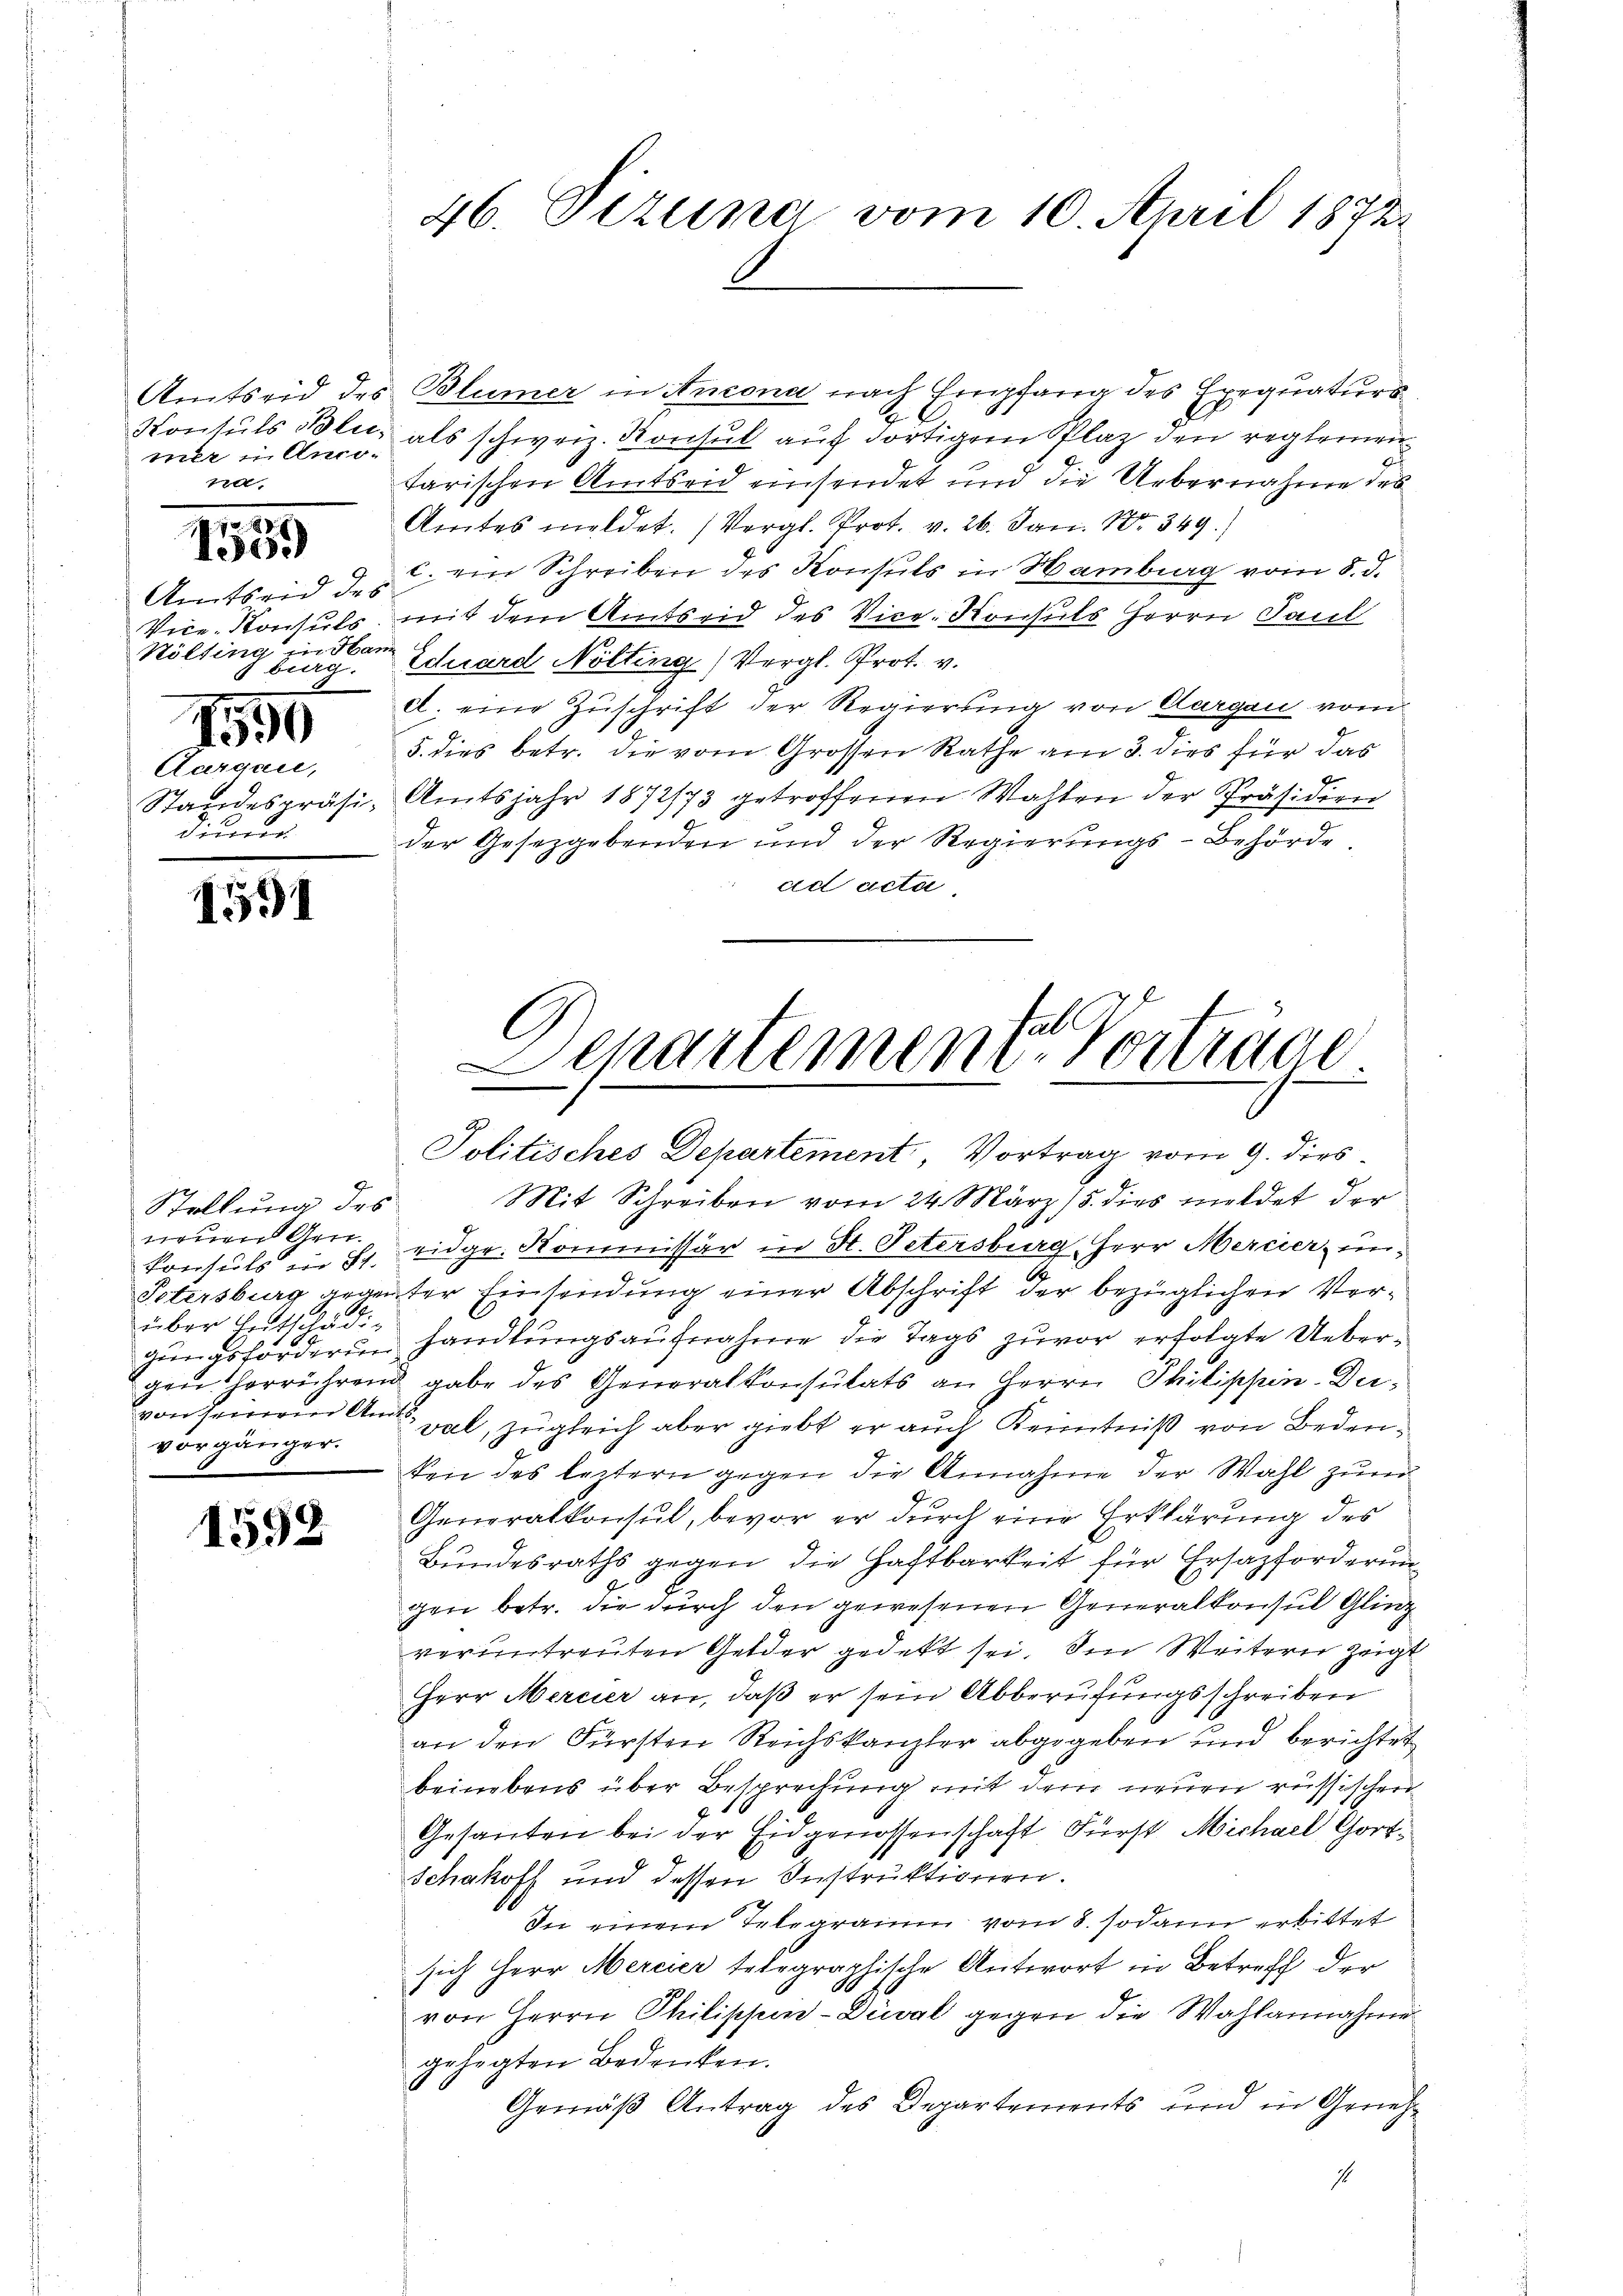
mer u Anco¬
10,
1

.
1
eeid

Amtseid des
Hölting in Han
 burg,
1595
Aargau,
dieren

1591

Stellung des
neuen Gen.
Konsuls in St.
Petersburg gegen
über Entschädi-
gungsforderung
gen herrühren
von Feineren Ana
vorgänger.

1592

Amtseid des Blümer in Ancona nach Empfang des Exequatur
Vontuls Blitz als schweiz. Konsul auf dortigem Plaz den reglementarischen Amtseid einsendet und die Uebernahme des
Amtes meldet. (Vergl. Prot. v. 26. Jan. 18. 349.)
c. ein Schreiben des Konsuls in Hamburg vom 5. d.
Vice-Konsuls, mit dem Amtseid des Vice-Konsuls Herrn Paul
Schward Nölting, Vergl. Prot. v.
d. eine Zuschrift der Regierung von Aargau vom
5. dies betr. die vom Grossen Rathe am 3. dies für das
Standespräsi, Amtsjahr 1872/73 getroffenen Wahlen der Präsidien
der Gesetzgebenden und der Regierungs-Behörde
ad acta.
.
Departemen-Vortrage

46. Dezung vom 10. April 1872.

d

Politisches Departement, Vortrag vom 9. dies¬
Mit Schreiben vom 24. März 15. dies meldet der
eidgr. Kommissär in St. Petersburg, Herr Mercier, inter Einsendung einer Abschrift der bezüglichen Verhandlungsaufnahme die Tags zuvor erfolgte Ueber¬
& gabe des Generalkonsulats an Herrn Philippin-Deval, zugleich aber giebt er auch Kenntniß von Bedenten des leztern gegen die Annahme der Wahl zum
Generalkonsul, bevor er durch eine Erklärung des
Bundesraths gegen die Haftbarkeit für Ersazforderun
gen betr. die durch den gewesenen Generalkonsul Gling
veruntreuten Gelder gedekt sei. In Weitern zeigt
Herr Mercier an, daß er sein Abberufungsschreiben
an den Fürsten Reichskanzler abgegeben und berichtet
beinebens über Besprechung mit dem neuen russischen
Gesanten bei der Eidgenossenschaft Fürst Michael Gort¬
Schakoff und dessen Instruktionen.
In einem Telegramm vom 8. sodann erbittet
sich Herr Mercier telegraphische Antwort in Betreff der
von Herrn Philippen-Düval gegen die Wahlannahme
gehegten Bedenken.
Gemäß Antrag des Departements und in Geneh¬
14